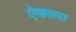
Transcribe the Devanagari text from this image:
ऐकाला